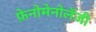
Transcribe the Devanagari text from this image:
फ़ेनोमेनोलॅजी